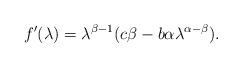
\begin{align*}f'(\lambda) = \lambda^{\beta-1} (c\beta - b\alpha \lambda^{\alpha-\beta}).\end{align*}